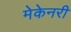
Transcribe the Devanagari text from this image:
मेकेनरी